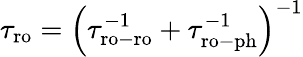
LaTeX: \begin{array}{r}{\tau_{\mathrm{ro}}=\left(\tau_{\mathrm{ro-ro}}^{-1}+\tau_{\mathrm{ro-ph}}^{-1}\right)^{-1}}\end{array}